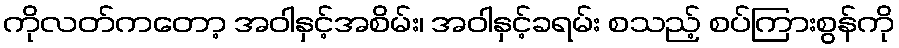
ကိုလတ်ကတော့ အဝါနှင့်အစိမ်း၊ အဝါနှင့်ခရမ်း စသည့် စပ်ကြားစွန်ကို